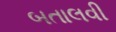
બતાલવી